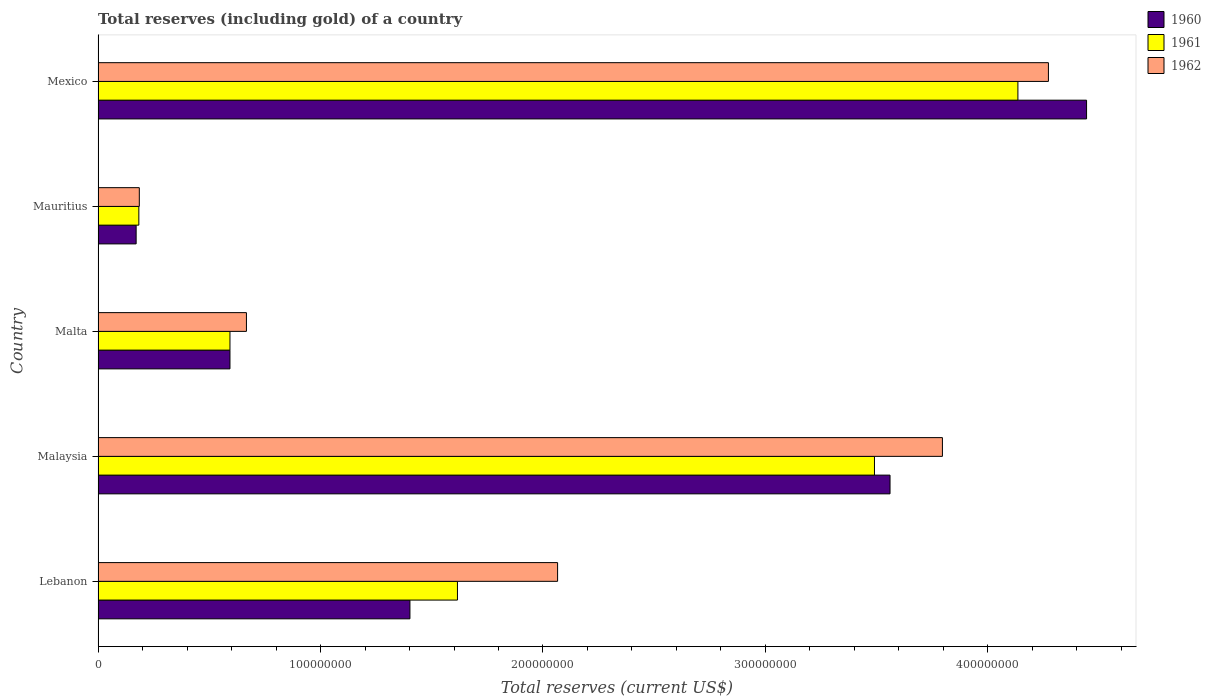
| Country | 1960 | 1961 | 1962 |
 | --- | --- | --- | --- |
 | Lebanon | 1.4e+08 | 1.62e+08 | 2.07e+08 |
 | Malaysia | 3.56e+08 | 3.49e+08 | 3.8e+08 |
 | Malta | 5.93e+07 | 5.93e+07 | 6.67e+07 |
 | Mauritius | 1.71e+07 | 1.83e+07 | 1.86e+07 |
 | Mexico | 4.44e+08 | 4.13e+08 | 4.27e+08 |